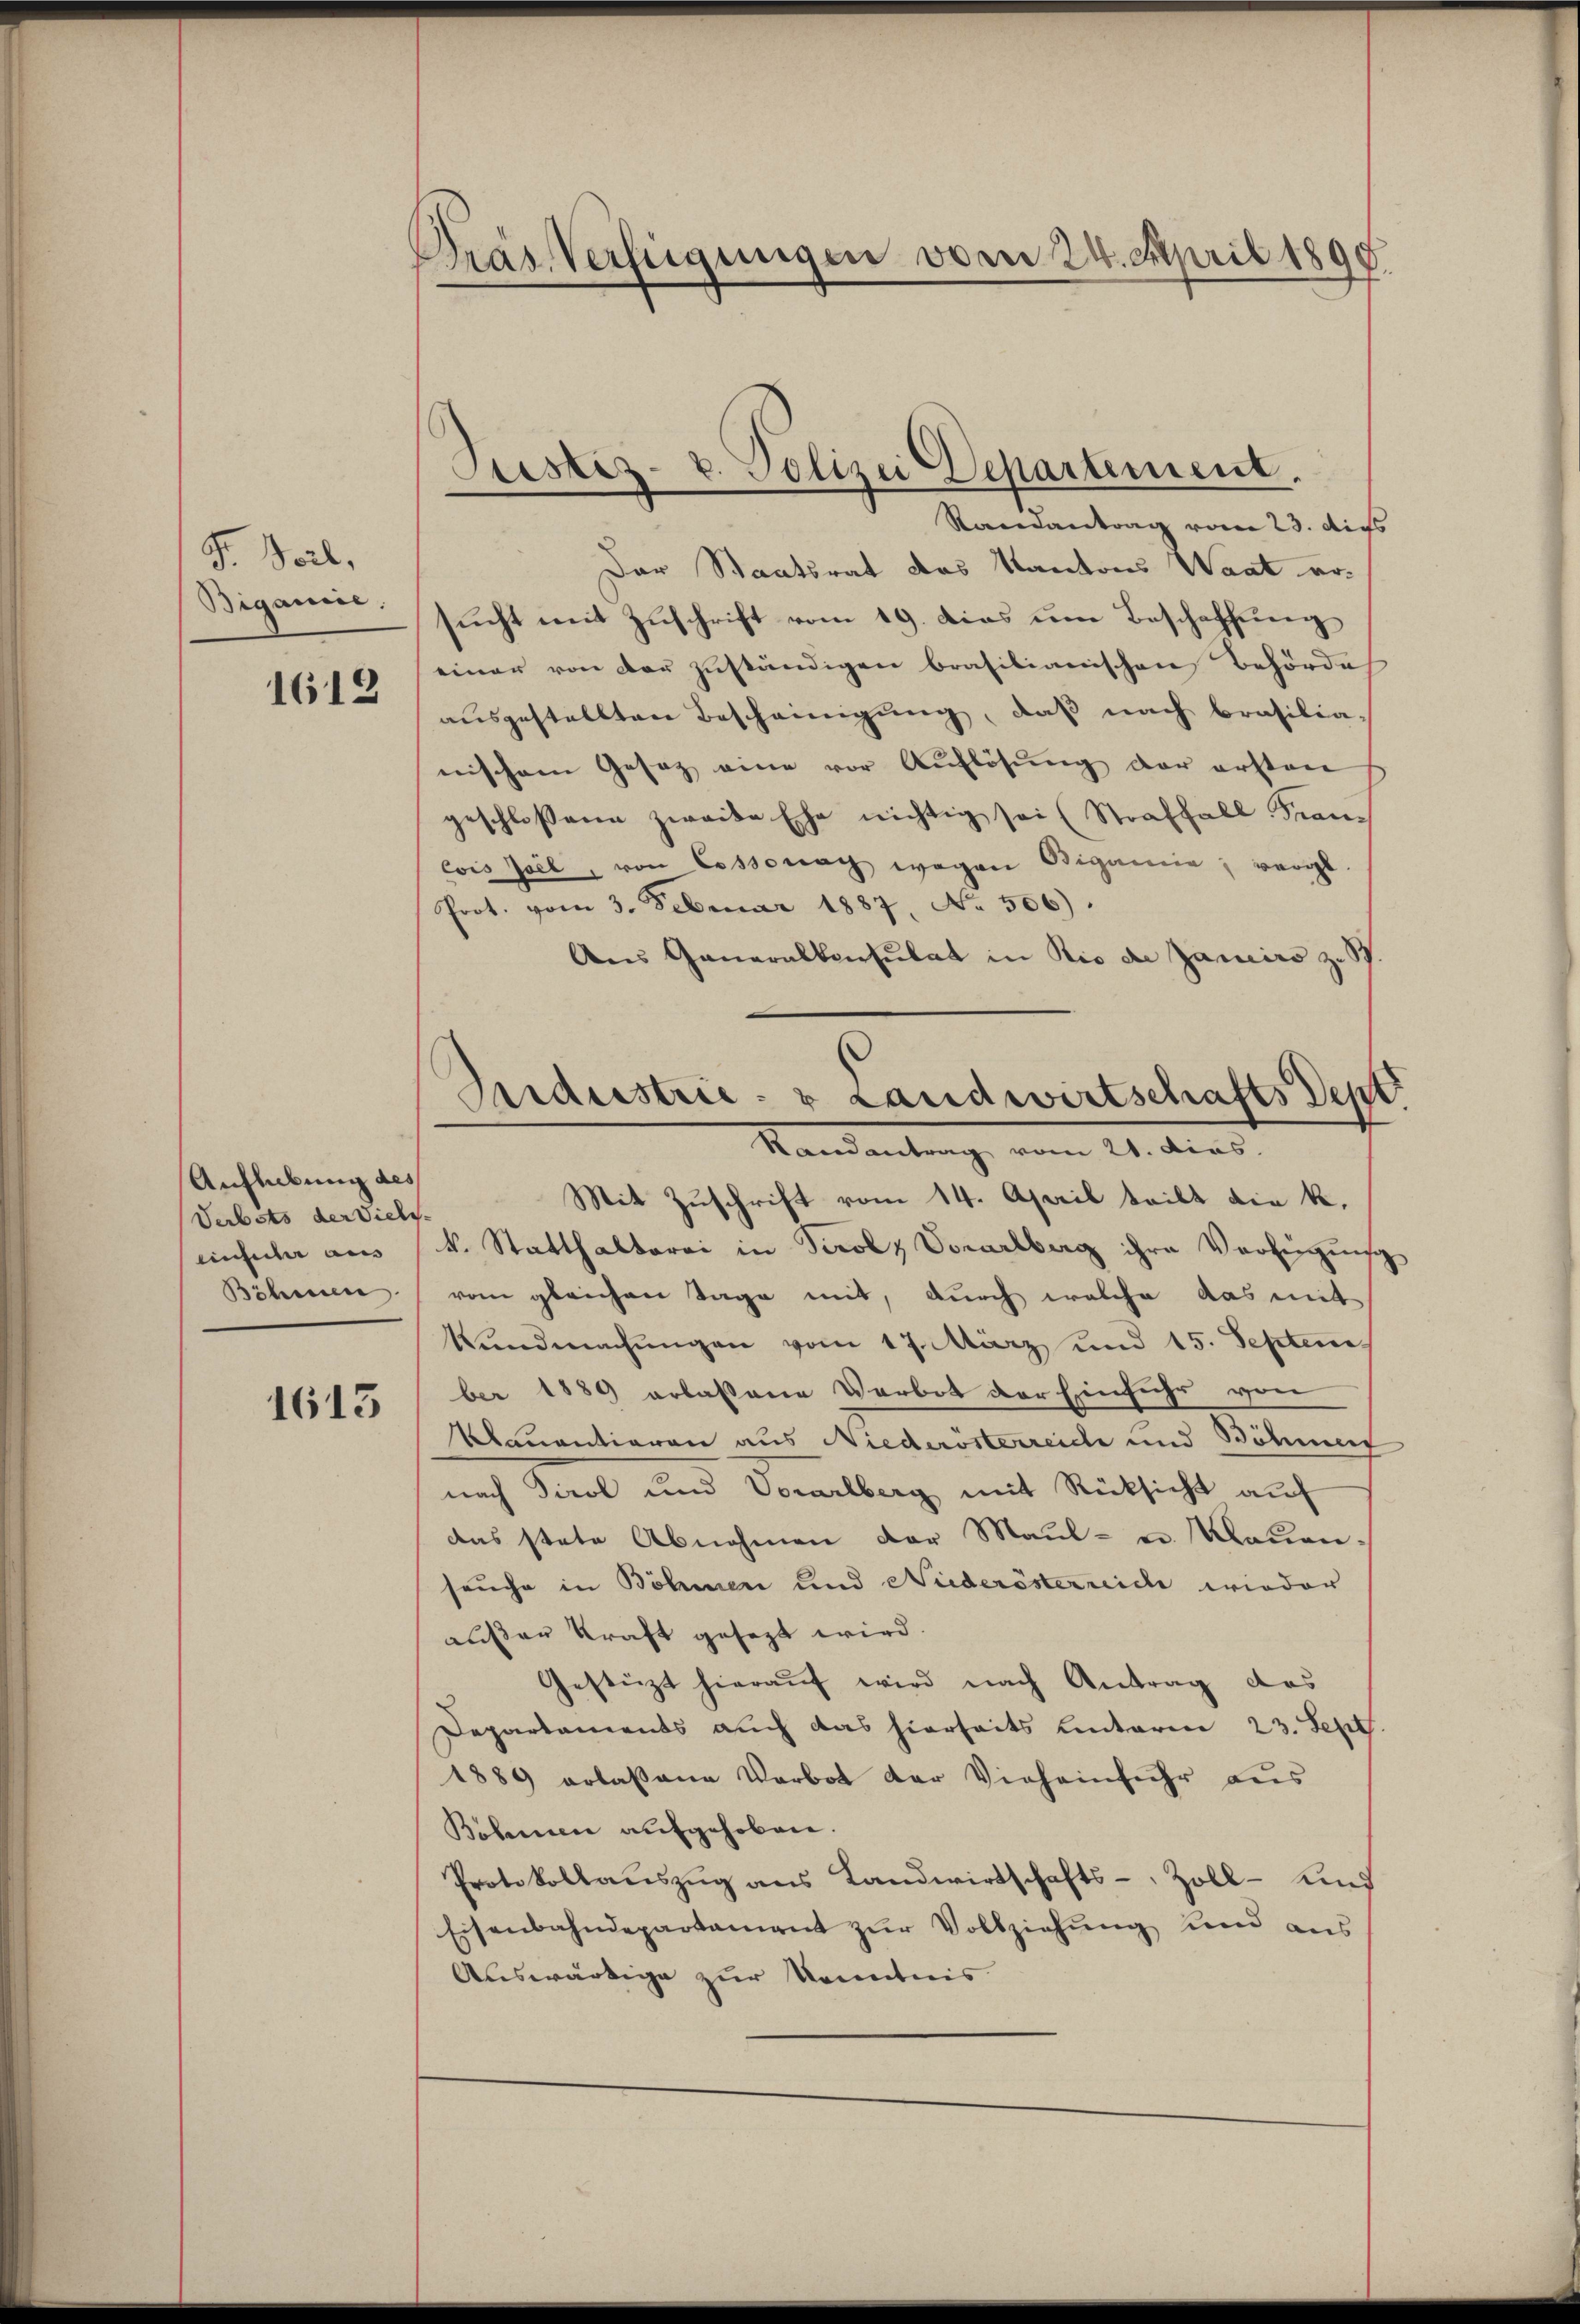
F. Teil,
Bigamie.
1612

Aufhebung des
Verbots der Viels-
einfuhr aus |
Böhmeere

1613

Pras Verfügungen vom 24. April 1890.

Justiz- u. Polizei Departement.

Raisantrag vom 23. dies
Der Staatsrat das Kantons Waat ersŭcht mit Zuschrift vom 19. dies um Beschaffung
einer von der zuständigen brasilianischen Behörde
ausgestellten Bescheinigung, daß nach Brasilianischem Gesatz eine vor Auflösung der ersten
geschloßene zweite Ehe nichtig sei (Straffall Franevis soll, von Cossonach wegen Bigamie, vergl.
Prot. vom 3. Februar 1887, No. 506).
Aus Generalkonsulat in die de Janeiro z. S.
Mit Zuschrift vom 14. April teilt die k.
k. Statthalterei in Tirolz Vorarlberg ihre Verfügŭng
vom gleichen Tage mit, durch welche das mit
Kŭndmachŭngen vom 17. März und 15. Septem-
ber 1889 erlassene Verbot der Einfuhr von
Mquantieren aus Niederösterreiche und Böhnung
nach Tirol und Vorarlberg mit Rücksicht auf
das stete Abnahmen der Maul- u. Maien-
seuche in Böhmen und Niederösterreiche wieder
außer Kraft gesezt wird.
Gestützt hierauf wird nach Antrag des
Departaments auch das hierseits hinterm 23. Sept.
1889 erlaßene Verbot der Vieheinfuhr aus
Böhmen aufgehoben.
Protokollauszug aus Landwirtschafts-Zoll- und
Eisenbahndepartament zur Vollziehung und aus
Auswärtige zur Kenntnis

Industrie- & Landwirtschafts Sept
Mandantung, vom 21. dies